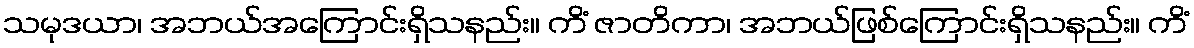
သမုဒယာ၊ အဘယ်အကြောင်းရှိသနည်း။ ကိံ ဇာတိကာ၊ အဘယ်ဖြစ်ကြောင်းရှိသနည်း။ ကိံ